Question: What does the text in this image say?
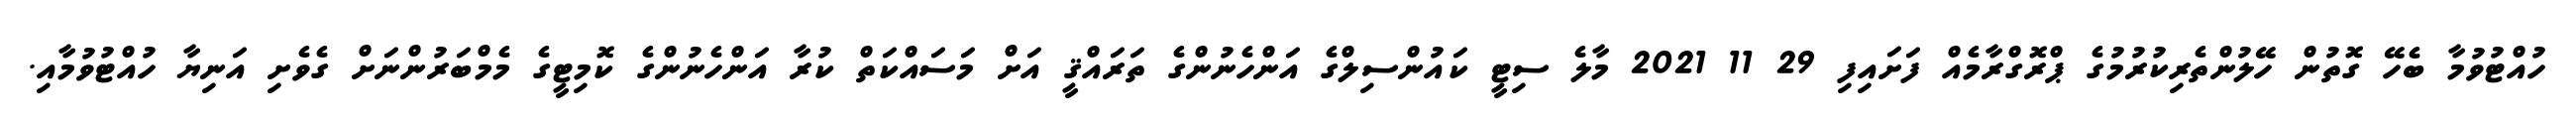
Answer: ހުއްޓުވުމާ ބެހޭ ގޮތުން ހޭލުންތެރިކުރުމުގެ ޕްރޮގްރާމެއް ފަށައިފި 29 11 2021 މާލެ ސިޓީ ކައުންސިލްގެ އަންހެނުންގެ ތަރައްޤީ އަށް މަސައްކަތް ކުރާ އަންހެނުންގެ ކޮމިޓީގެ މެމްބަރުންނަށް ގެވެށި އަނިޔާ ހުއްޓުވުމާއި.